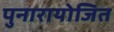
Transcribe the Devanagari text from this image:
पुनारायोजित